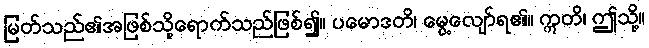
မြတ်သည်၏အဖြစ်သို့ရောက်သည်ဖြစ်၍။ ပမောဒတိ၊ မွေ့လျော်ရ၏။ ဣတိ၊ ဤသို့။